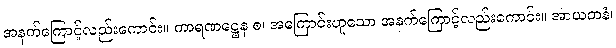
အနက်ကြောင့်လည်းကောင်း။ ကာရဏဋ္ဌေန စ၊ အကြောင်းဟူသော အနက်ကြောင့်လည်းကောင်း။ အာယတနံ၊